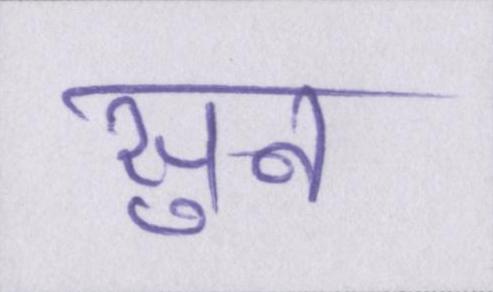
सुन